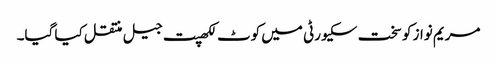
مریم نواز کو سخت سکیورٹی میں کوٹ لکھپت جیل منتقل کیا گیا۔